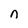
Character: n